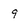
Character: 9